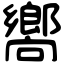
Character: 嚮